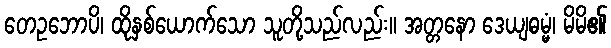
တေဥဘောပိ၊ ထိုနှစ်ယောက်သော သူတို့သည်လည်း။ အတ္တနော ဒေယျဓမ္မံ၊ မိမိ၏